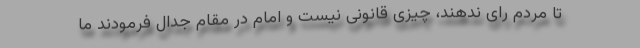
تا مردم رای ندهند، چیزی قانونی نیست و امام در مقام جدال فرمودند ما